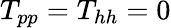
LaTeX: T_{pp}=T_{hh}=0